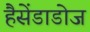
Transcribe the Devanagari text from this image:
हैसेंडाडोज